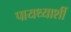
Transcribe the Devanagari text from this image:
पायथ्याशीं